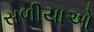
સળીયાઓ